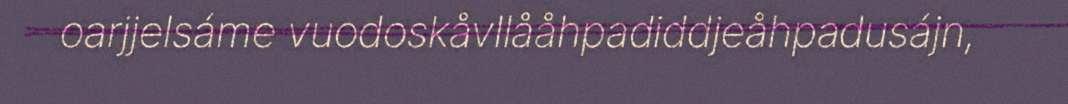
oarjjelsáme vuodoskåvllååhpadiddjeåhpadusájn,